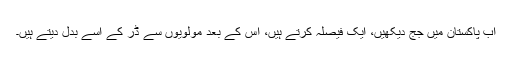
اب پاکستان میں جج دیکھیں، ایک فیصلہ کرتے ہیں، اُس کے بعد مولویوں سے ڈر کے اُسے بدل دیتے ہیں۔